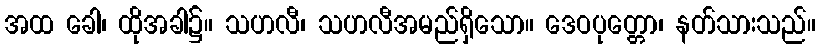
အထ ခေါ၊ ထိုအခါ၌။ သဟလီ၊ သဟလီအမည်ရှိသော။ ဒေဝပုတ္တော၊ နတ်သားသည်။